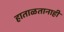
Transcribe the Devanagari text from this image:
हाताळतानाही